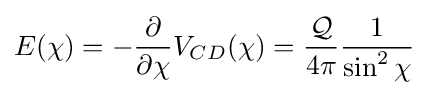
E(\chi )=-{\frac {\partial }{\partial \chi }}V_{CD}(\chi )={\frac {\mathcal {Q}}{4\pi }}{\frac {1}{\sin ^{2}\chi }}